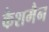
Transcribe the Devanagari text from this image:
कैशमैन